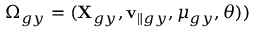
\Omega _ { g y } = ( \mathbf { X } _ { g y } , \mathbf { v } _ { \parallel g y } , \mu _ { g y } , \theta ) )